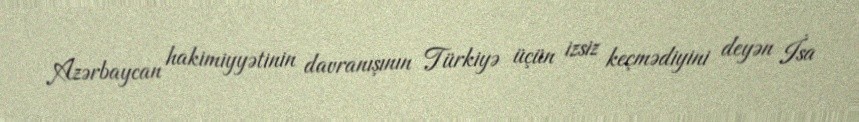
Azərbaycan hakimiyyətinin davranışının Türkiyə üçün izsiz keçmədiyini deyən İsa